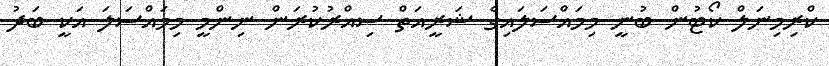
ކްރިމިނަލް ކޯޓުން ބުނީ މިމައްސަލައިގެ ޝަރީއަތް ސިއްރުކުރަން ނިންމީ މިމައްސަލަ އަކީ ބަދު